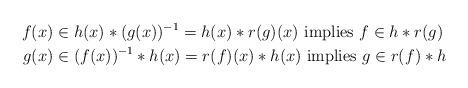
LaTeX: \begin{align*} f(x) & \in h(x) \ast (g(x))^{-1} = h(x) \ast r(g)(x) \mbox{ implies } f \in h \ast r(g) \\ g(x) & \in (f(x))^{-1} \ast h(x) = r(f)(x) \ast h(x) \mbox{ implies } g\in r(f) \ast h \end{align*}